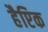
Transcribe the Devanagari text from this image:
हैप्टिक